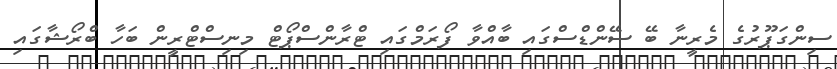
ސިންގަޕޫރުގެ މެރީނާ ބޭ ސޭންޑްސްގައި ބާއްވާ ފޯރަމްގައި ޓްރާންސްޕޯޓް މިނިސްޓްރީން ބަހާ ބްރޯޝާގައި